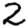
Digit: 2